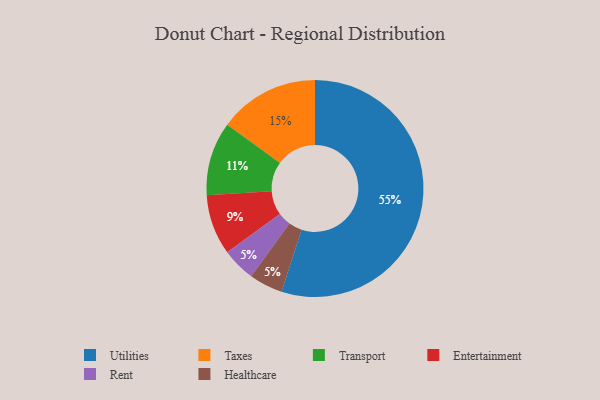
{"axis": {"x": "Category", "y": "Percentage"}, "legend": ["Entertainment", "Healthcare", "Rent", "Taxes", "Transport", "Utilities"], "data": [{"x": "Entertainment", "y": 9, "type": "Entertainment"}, {"x": "Rent", "y": 5, "type": "Rent"}, {"x": "Healthcare", "y": 5, "type": "Healthcare"}, {"x": "Transport", "y": 11, "type": "Transport"}, {"x": "Taxes", "y": 15, "type": "Taxes"}, {"x": "Utilities", "y": 55, "type": "Utilities"}]}